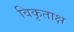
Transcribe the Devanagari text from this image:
विकृताक्ष